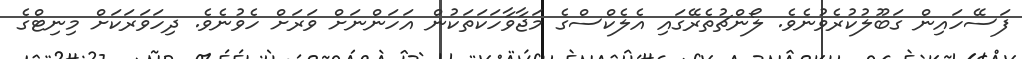
ފަސޭހައިން ގަބޫލުކުރެވުނެވެ. ލޯންޗުތެރޭގައި އެލެކްސްގެ މަޖާވާހަކަތަކުން އަހަންނަށް ވަރަށް ހެވުނެވެ. ދިހަވަރަކަށް މިނިޓްގެ